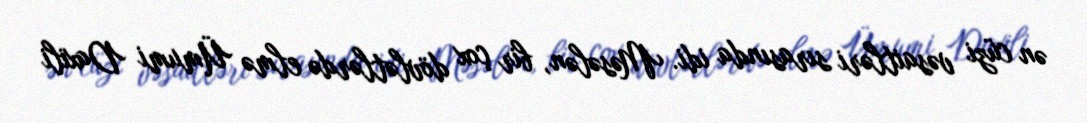
ən cüzi vəsaitləri sırasında idi. Məsələn, bir çox dövlətlərdə elmə Ümumi Daxili